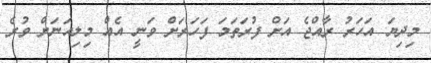
މިދިޔަ އަހަރު ރާއްޖެ އަށް ފުރަތަމަ ފަހަރަށް ވަނީ އެއް މިލިއަނަށް ވުރެ